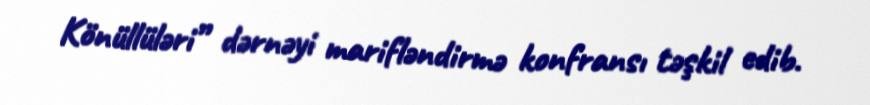
Könüllüləri” dərnəyi marifləndirmə konfransı təşkil edib.